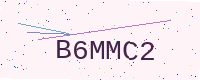
Text: B6MMC2